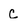
Character: c